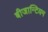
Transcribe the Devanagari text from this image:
बीजान्टियम